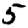
Digit: 5